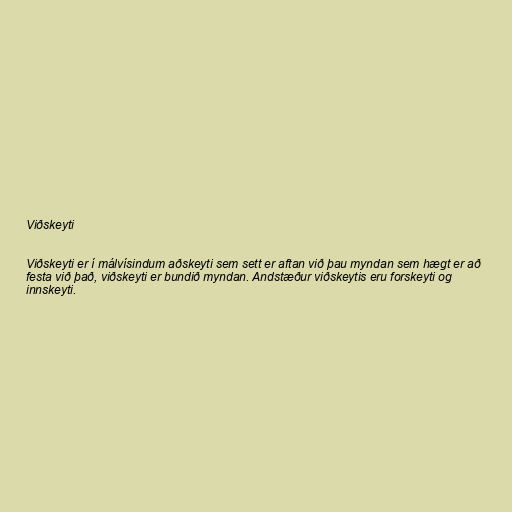
Viðskeyti

Viðskeyti er í málvísindum aðskeyti sem sett er aftan við þau myndan sem hægt er að
festa við það, viðskeyti er bundið myndan. Andstæður viðskeytis eru forskeyti og
innskeyti.